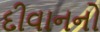
દીવાનનો